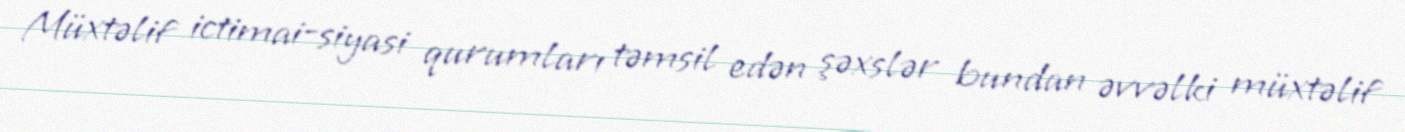
Müxtəlif ictimai-siyasi qurumları təmsil edən şəxslər bundan əvvəlki müxtəlif